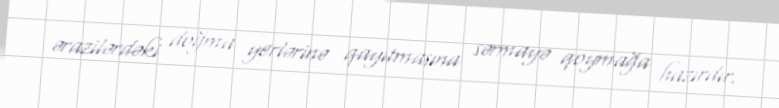
ərazilərdəki doğma yerlərinə qayıtmasına sərmayə qoymağa hazırdır.